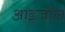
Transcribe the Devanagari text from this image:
आइजॉल